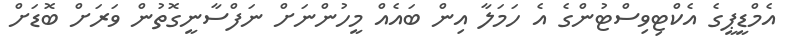
އެމްޑީޕީގެ އެކްޓިވިސްޓުންގެ އެ ހަމަލާ އިން ބައެއް މީހުންނަށް ނަފްސާނީގޮތުން ވަރަށް ބޮޑަށް